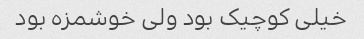
خیلی کوچیک بود ولی خوشمزه بود